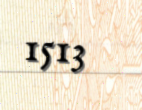
1513